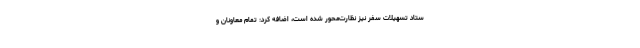
ستاد تسهیلات سفر نیز نظارت‌محور شده است، اضافه کرد: تمام معاونان و